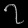
Digit: ၇